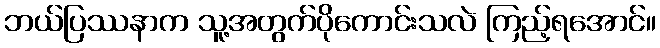
ဘယ်ပြဿနာက သူ့အတွက်ပိုကောင်းသလဲ ကြည့်ရအောင်။